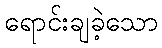
ရောင်းချခဲ့သော